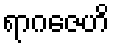
ရာဂဇေဟိ